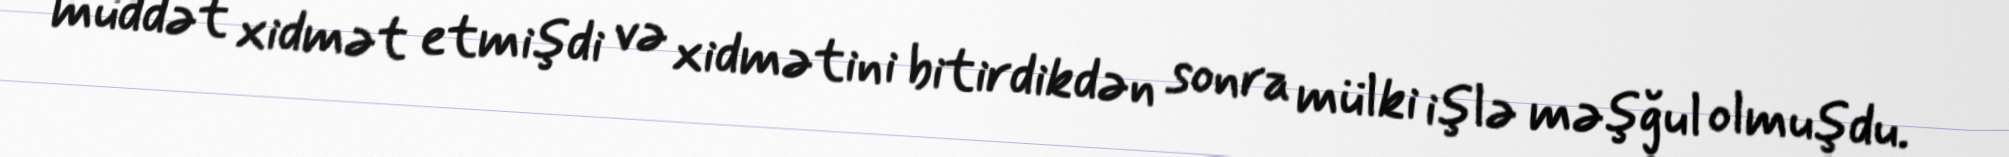
müddət xidmət etmişdi və xidmətini bitirdikdən sonra mülki işlə məşğul olmuşdu.